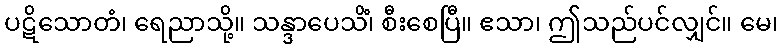
ပဋိသောတံ၊ ရေညာသို့။ သန္ဒာပေသိံ၊ စီးစေပြီ။ ဧသာ၊ ဤသည်ပင်လျှင်။ မေ၊